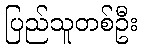
ပြည်သူတစ်ဦး